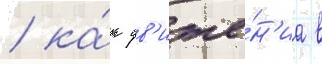
/ ка́к дв'иже́н'иа в